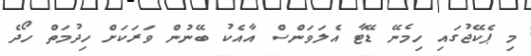
މި ޕެކޭޖުގައި ހިމެނޭ ޑޭޓާ އެލަވަންސް އާއެކު ބޭނުން ވަރަކަށް ހިދުމަތް ހޯދެ